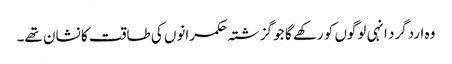
وہ اردگرد انہی لوگوں کو رکھے گا جو گزشتہ حکمرانوں کی طاقت کا نشان تھے۔